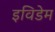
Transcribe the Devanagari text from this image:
इविडेम